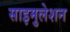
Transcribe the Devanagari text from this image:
साइमुलेशन